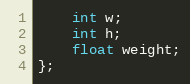
Language: C++
    int w;
    int h;
    float weight;
};